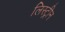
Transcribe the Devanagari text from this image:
लिस्ट्रीन